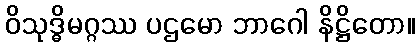
ဝိသုဒ္ဓိမဂ္ဂဿ ပဌမော ဘာဂေါ နိဋ္ဌိတော။